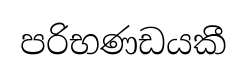
පරිභණඩයකී